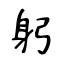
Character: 躬